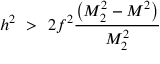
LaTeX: h ^ { 2 } ~ > ~ 2 f ^ { 2 } { \frac { \left( M _ { 2 } ^ { 2 } - M ^ { 2 } \right) } { M _ { 2 } ^ { 2 } } }